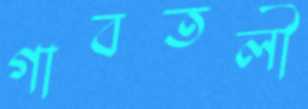
গাবতলী